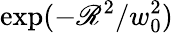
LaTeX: \exp(-\mathscr{R}^{2}/w_{0}^{2})